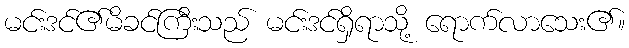
မင်းဒင်၏မိခင်ကြီးသည် မင်းဒင်ရှိရာသို့ ရောက်လာသေး၏။